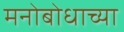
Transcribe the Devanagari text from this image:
मनोबोधाच्या